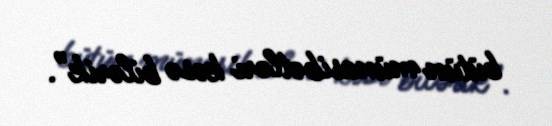
bütün münasibətləri kəsə bilərik”.